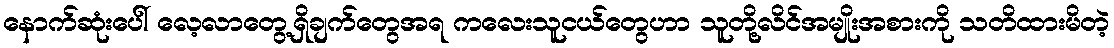
နောက်ဆုံးပေါ် လေ့လာတွေ့ရှိချက်တွေအရ ကလေးသူငယ်တွေဟာ သူတို့လိင်အမျိုးအစားကို သတိထားမိတဲ့